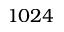
1 0 2 4